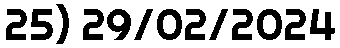
25) 29/02/2024